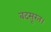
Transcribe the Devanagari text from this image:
बदसूरत।